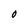
Character: o